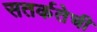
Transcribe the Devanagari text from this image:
सतर्कतेची